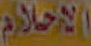
الاحلام